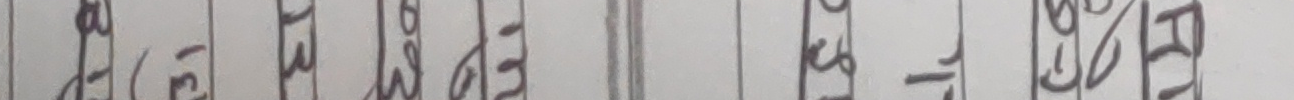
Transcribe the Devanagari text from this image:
अं (३) ख १ ३ स अ झ म प - १ क ल